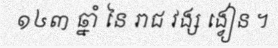
១៤៣ ឆ្នាំ នៃ រាជ វង្ស ង្វៀន ។